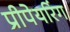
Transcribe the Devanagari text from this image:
प्रीपेयरिंग